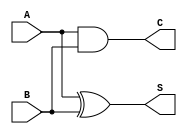
module CurrentModeHalfAdder (
    input wire A,    // Current input A (represented as digital for simulation)
    input wire B,    // Current input B (represented as digital for simulation)
    output wire S,   // Current output S (Sum)
    output wire C    // Current output C (Carry)
);
    // XOR for Sum (S = A XOR B)
    assign S = A ^ B;

    // AND for Carry (C = A AND B)
    assign C = A & B;

endmodule